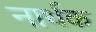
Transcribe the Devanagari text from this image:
नार्थक